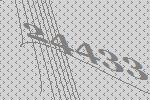
24433